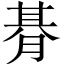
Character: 朞